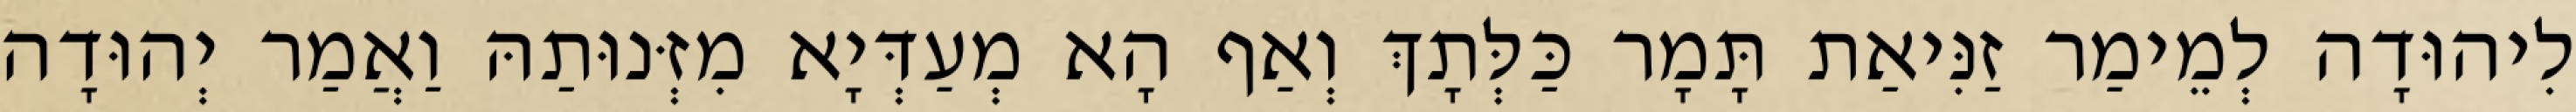
לִיהוּדָה לְמֵימַר זַנִּיאַת תָּמָר כַּלְּתָךְ וְאַף הָא מְעַדְּיָא מִזְּנוּתַהּ וַאֲמַר יְהוּדָה